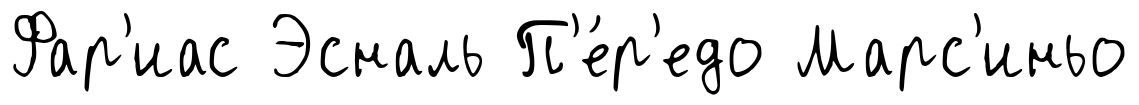
Фар'иас Эсналь П'е́р'едо Марс'иньо